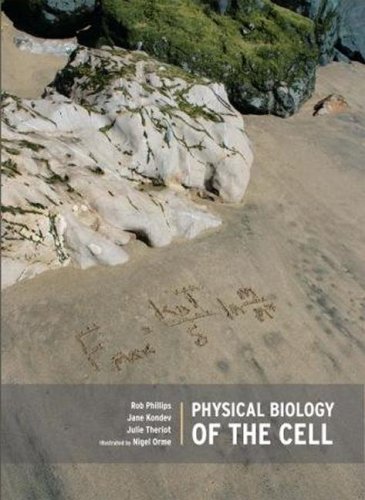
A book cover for Physical Biology of the Cell; Rob Phillips; Science & Math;